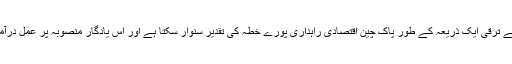
صدر مملکت نے کہا کہ اقتصادی یکجہتی کیلئے ترقی ایک ذریعہ کے طور پاک چین اقتصادی راہداری پورے خطہ کی تقدیر سنوار سکتا ہے اور اس یادگار منصوبہ پر عمل درآمد کیلئے پہلے ہی نمایاں پیش رفت ہوچکی ہے۔